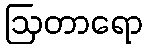
ဩတာရော